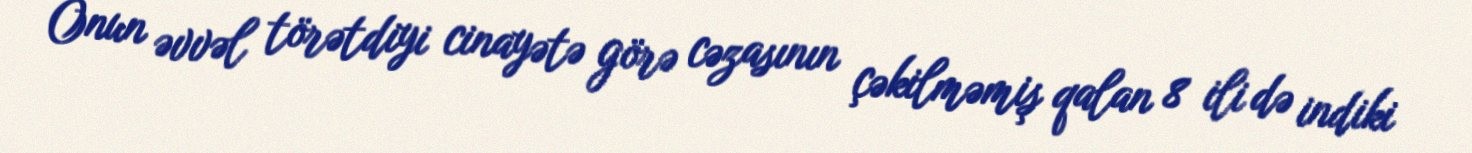
Onun əvvəl törətdiyi cinayətə görə cəzasının çəkilməmiş qalan 8 ili də indiki